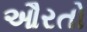
ઔરતો